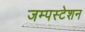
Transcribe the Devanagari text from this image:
जम्पस्टेशन